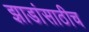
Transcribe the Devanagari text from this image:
झाडांसाठीच